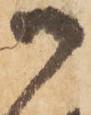
御